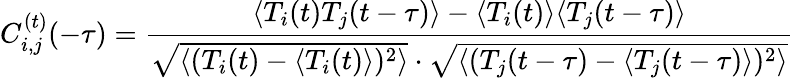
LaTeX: C_{i,j}^{(t)}(-\tau)=\frac{\langle T_{i}(t)T_{j}(t-\tau)\rangle-\langle T_{i}(t)\rangle\langle T_{j}(t-\tau)\rangle}{\sqrt{\langle(T_{i}(t)-\langle T_{i}(t)\rangle)^{2}\rangle}\cdot\sqrt{\langle(T_{j}(t-\tau)-\langle T_{j}(t-\tau)\rangle)^{2}\rangle}}